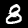
Digit: 8